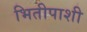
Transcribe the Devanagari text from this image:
भितीपाशी